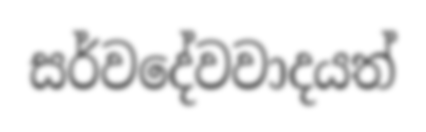
සර්වදේවවාදයත්